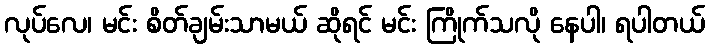
လုပ်လေ၊ မင်း စိတ်ချမ်းသာမယ် ဆိုရင် မင်း ကြိုက်သလို နေပါ၊ ရပါတယ်